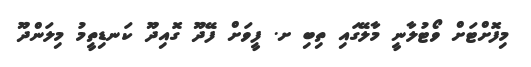
މިފޮށްޓަށް ވޯޓުލާނީ މާލޭގައި ތިބި ށ. ފީވަށް ފޭދޫ ގޮއިދޫ ކަނޑިތީމު މިލަންދޫ